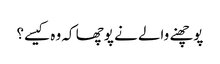
پوچھنے والے نے پوچھا کہ وہ کیسے؟